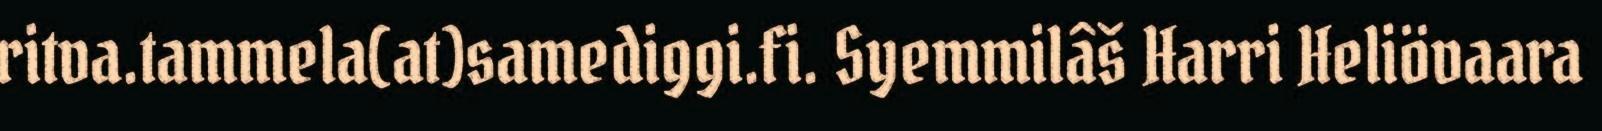
ritva.tammela(at)samediggi.fi. Syemmilâš Harri Heliövaara